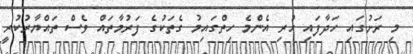
މި ރަށުގައި ހަދާފައި ހުރި އެންމެ ހިތްގައިމު ގެތަކުގެ ފަރުމާތައް ވެސް ތައްޔާރުކުރީ